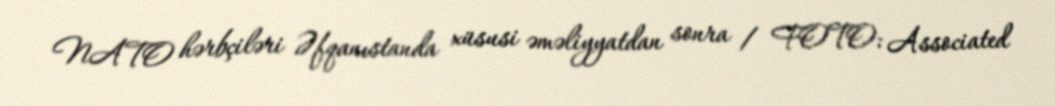
NATO hərbçiləri Əfqanıstanda xüsusi əməliyyatdan sonra / FOTO: Associated